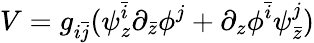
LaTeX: V=g_{i\bar{j}}(\psi_{z}^{\bar{i}}\partial_{\bar{z}}\phi^{j}+\partial_{z}\phi^{\bar{i}}\psi_{\bar{z}}^{j})